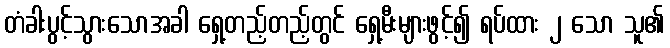
တံခါးပွင့်သွားသောအခါ ရှေ့တည့်တည့်တွင် ရှေ့မီးများဖွင့်၍ ရပ်ထား ၂ သော သူ၏